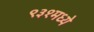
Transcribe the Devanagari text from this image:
९३१मध्ये